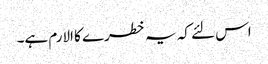
اس لئے کہ یہ خطرے کا الارم ہے۔